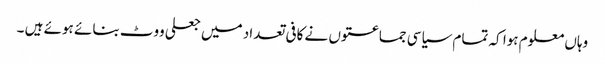
وہاں معلوم ہوا کہ تمام سیاسی جماعتوں نے کافی تعداد میں جعلی ووٹ بنائے ہوئے ہیں ۔